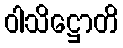
ဝါသိဋ္ဌောတိ